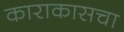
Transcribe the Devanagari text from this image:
काराकासचा